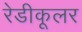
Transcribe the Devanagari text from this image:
रेडीकूलर